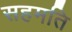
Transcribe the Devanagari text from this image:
सहमति